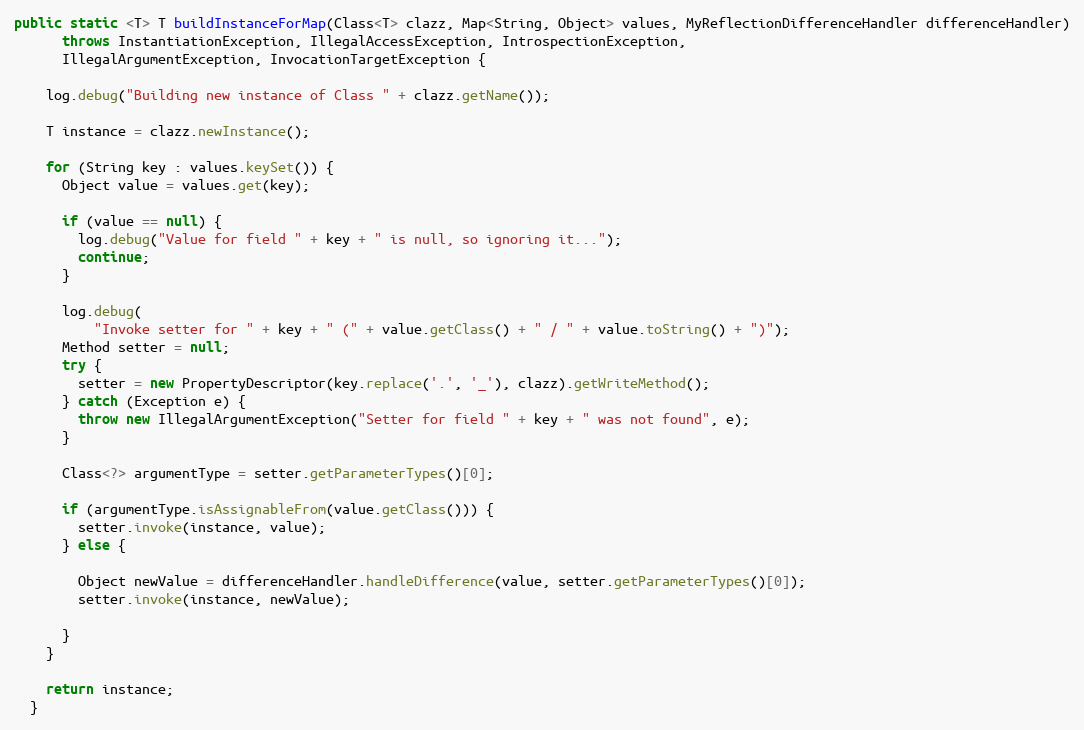
Language: Java
public static <T> T buildInstanceForMap(Class<T> clazz, Map<String, Object> values, MyReflectionDifferenceHandler differenceHandler)
      throws InstantiationException, IllegalAccessException, IntrospectionException,
      IllegalArgumentException, InvocationTargetException {

    log.debug("Building new instance of Class " + clazz.getName());

    T instance = clazz.newInstance();

    for (String key : values.keySet()) {
      Object value = values.get(key);

      if (value == null) {
        log.debug("Value for field " + key + " is null, so ignoring it...");
        continue;
      }

      log.debug(
          "Invoke setter for " + key + " (" + value.getClass() + " / " + value.toString() + ")");
      Method setter = null;
      try {
        setter = new PropertyDescriptor(key.replace('.', '_'), clazz).getWriteMethod();
      } catch (Exception e) {
        throw new IllegalArgumentException("Setter for field " + key + " was not found", e);
      }

      Class<?> argumentType = setter.getParameterTypes()[0];

      if (argumentType.isAssignableFrom(value.getClass())) {
        setter.invoke(instance, value);
      } else {

        Object newValue = differenceHandler.handleDifference(value, setter.getParameterTypes()[0]);
        setter.invoke(instance, newValue);

      }
    }

    return instance;
  }